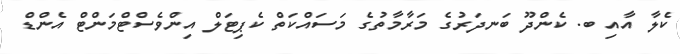
ކެލާ އާއި ބ. ކެންދޫ ބަނދަރުގެ މަރާމާތުގެ މަސައްކަތް ކެޕިޓަލް އިންވެސްޓްމަންޓް އެންޑް